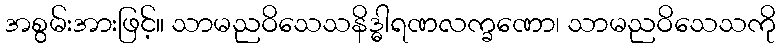
အစွမ်းအားဖြင့်။ သာမညဝိသေသနိဒ္ဓါရဏလက္ခဏော၊ သာမညဝိသေသကို